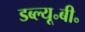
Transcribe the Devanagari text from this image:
डब्ल्यू॰बी॰